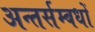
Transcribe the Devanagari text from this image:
अन्तर्सम्बधों